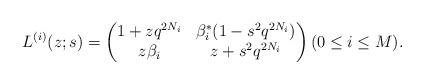
LaTeX: \begin{align*}L^{(i)}(z; s)=\begin{pmatrix} 1+zq^{2N_{i}} & \beta_{i}^{*}(1-s^{2}q^{2N_{i}}) \\ z\beta_{i} & z+s^{2}q^{2N_{i}} \end{pmatrix} (0\le i \le M). \end{align*}